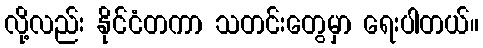
လို့လည်း နိုင်ငံတကာ သတင်းတွေမှာ ရေးပါတယ်။